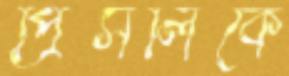
প্রিসলিকে